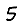
Digit: 5